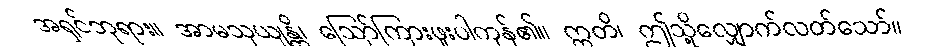
အရှင်ဘုရား။ အာမသုယျန္တိ၊ ဩော်ကြားဖူးပါကုန်၏။ ဣတိ၊ ဤသို့လျှောက်လတ်သော်။